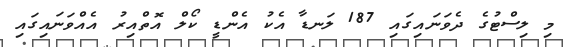
މި ލިސްޓުގެ ދެވަނައިގައި 187 ލަނޑާ އެކު އެންޑީ ކޯލް އޮތްއިރު އެއްވަނައިގައި